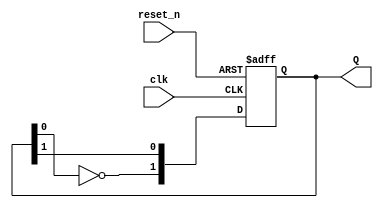
module dual_stage_johnson_counter (
    input wire clk,          // Clock signal
    input wire reset_n,      // Asynchronous reset signal (active low)
    output reg [1:0] Q       // 2-bit output representing the counter state
);

// State encoding
// Initial state will be 00

always @(posedge clk or negedge reset_n) begin
    if (!reset_n) begin
        // Asynchronous reset
        Q <= 2'b00; // Initialize to 00
    end else begin
        // State transition logic
        Q[0] <= Q[1];           // Q1 takes the value of Q2
        Q[1] <= ~Q[0];          // Q2 takes the inverted value of Q1
    end
end

endmodule